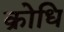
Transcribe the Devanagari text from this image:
क्रोधि